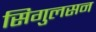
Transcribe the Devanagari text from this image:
सिगुलसन